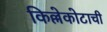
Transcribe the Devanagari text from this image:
किल्लेकोटाची